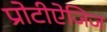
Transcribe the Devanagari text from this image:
प्रोटीऐजिज